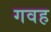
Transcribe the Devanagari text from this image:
गवह